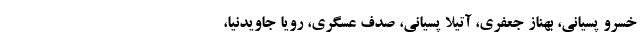
خسرو پسیانی، بهناز جعفری، آتیلا پسیانی، صدف عسگری، رویا جاویدنیا،